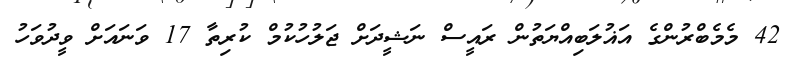
42 މެމެބްރުންގެ އަޣުލަބިއްޔަތުން ރައީސް ނަޝީދަށް ޖަލުހުކުމް ކުރިތާ 17 ވަނައަށް ވީދުވަހު